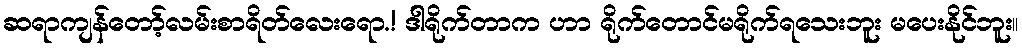
ဆရာကျန်တော့်လမ်းစာရိတ်လေးရော.! ဒါရိုက်တာက ဟာ ရိုက်တောင်မရိုက်ရသေးဘူး မပေးနိုင်ဘူး။